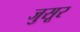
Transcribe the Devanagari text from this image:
जुसूर